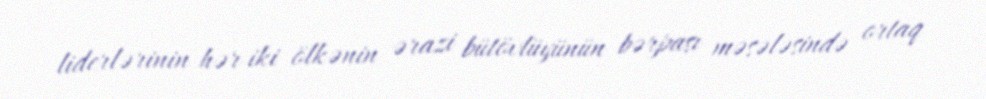
liderlərinin hər iki ölkənin ərazi bütövlüyünün bərpası məsələsində ortaq